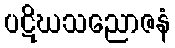
ပဋိဃသညောဇနံ